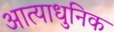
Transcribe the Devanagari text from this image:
आत्याधुनिक